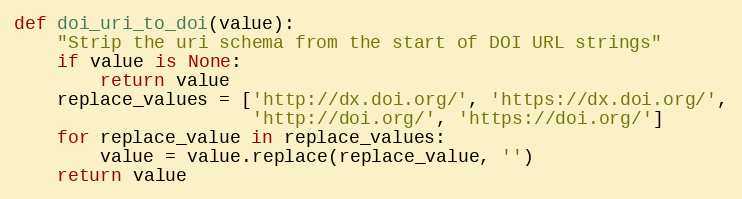
Language: Python
def doi_uri_to_doi(value):
    "Strip the uri schema from the start of DOI URL strings"
    if value is None:
        return value
    replace_values = ['http://dx.doi.org/', 'https://dx.doi.org/',
                      'http://doi.org/', 'https://doi.org/']
    for replace_value in replace_values:
        value = value.replace(replace_value, '')
    return value